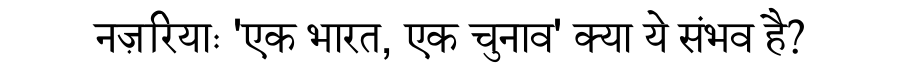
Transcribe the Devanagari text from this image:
नज़रियाः 'एक भारत, एक चुनाव' क्या ये संभव है?